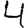
Digit: 4